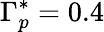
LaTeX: \Gamma_{p}^{*}=0.4